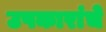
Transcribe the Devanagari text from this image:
उपकारांचे